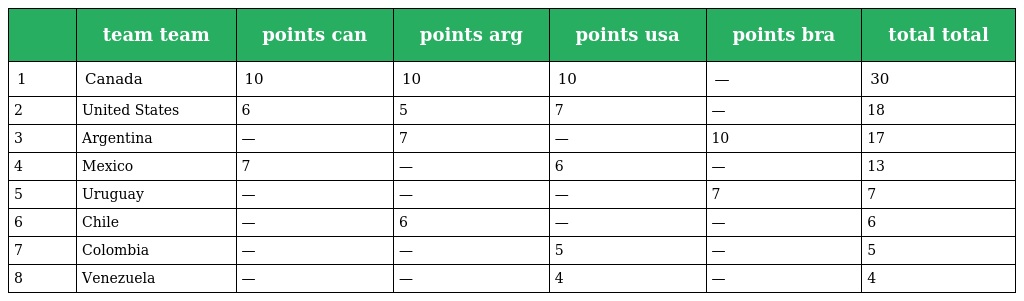
|  | team team | points can | points arg | points usa | points bra | total total |
 | --- | --- | --- | --- | --- | --- | --- |
 | 1 | Canada | 10 | 10 | 10 | — | 30 |
 | 2 | United States | 6 | 5 | 7 | — | 18 |
 | 3 | Argentina | — | 7 | — | 10 | 17 |
 | 4 | Mexico | 7 | — | 6 | — | 13 |
 | 5 | Uruguay | — | — | — | 7 | 7 |
 | 6 | Chile | — | 6 | — | — | 6 |
 | 7 | Colombia | — | — | 5 | — | 5 |
 | 8 | Venezuela | — | — | 4 | — | 4 |